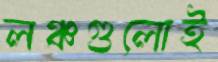
লঞ্চগুলোই